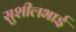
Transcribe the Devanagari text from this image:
सुशीलभाई